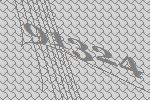
91324